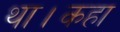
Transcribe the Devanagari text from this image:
था।कहा